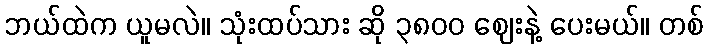
ဘယ်ထဲက ယူမလဲ။ သုံးထပ်သား ဆို ၃၈၀၀ ဈေးနဲ့ ပေးမယ်။ တစ်